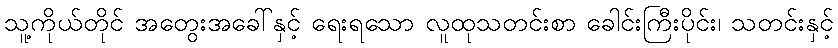
သူ့ကိုယ်တိုင် အတွေးအခေါ်နှင့် ရေးရသော လူထုသတင်းစာ ခေါင်းကြီးပိုင်း၊ သတင်းနှင့်